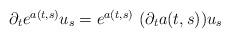
LaTeX: \begin{align*} \begin{array}{ll}\partial_t e^{a(t,s)} u_s = e^{a(t,s)} ~ (\partial_t a(t,s)) u_s \end{array} \end{align*}